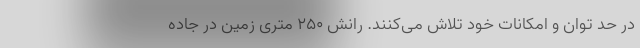
در حد توان و امکانات خود تلاش می‌کنند. رانش ۲۵۰ متری زمین در جاده